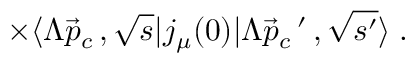
\times \langle \Lambda \vec { p } _ { c } \, , \sqrt { s } | j _ { \mu } ( 0 ) | \Lambda \vec { p } _ { c } \, ^ { \prime } \, , \sqrt { s ^ { \prime } } \rangle \; .